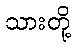
သားတို့